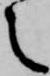
之